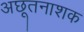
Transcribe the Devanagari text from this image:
अछूतनाशक